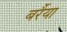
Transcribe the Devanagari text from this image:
बर्रैया